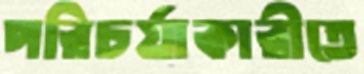
পরিচর্যাকারীতে